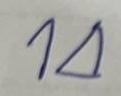
14